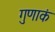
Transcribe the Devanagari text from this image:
गुणाकं